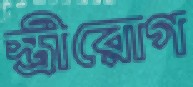
স্ত্রীরোগ